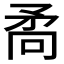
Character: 𭿷